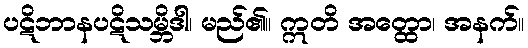
ပဋိဘာနပဋိသမ္ဘိဒါ၊ မည်၏။ ဣတိ အတ္ထော၊ အနက်။